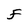
Character: F